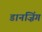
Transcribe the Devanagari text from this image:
डानज़िंग